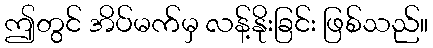
ဤတွင် အိပ်မက်မှ လန့်နိုးခြင်း ဖြစ်သည်။